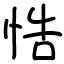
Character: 悎